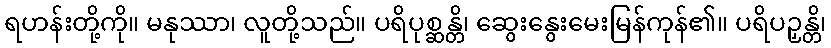
ရဟန်းတို့ကို။ မနုဿာ၊ လူတို့သည်။ ပရိပုစ္ဆန္တိ၊ ဆွေးနွေးမေးမြန်ကုန်၏။ ပရိပဉှန္တိ၊